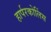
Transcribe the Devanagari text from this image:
हार्परकोलिंस